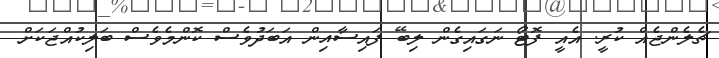
ޗެލެންޖެއް ކުރީ. އެއީ ފޮޓޯ ނަގައިގެން ލިބޭ ފައިސާއިން އަބަދުވެސް ކޮންމެވެސް ބަލިކުއްޖަކަށް